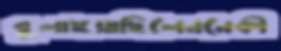
বুলাইয়াছিলেননেকী